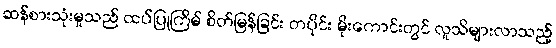
ဆန်စားသုံးမှုသည် ထပ်ပြုကြိမ် စိတ်မြန်ခြင်း တပိုင်း မိုးကောင်းတွင် လူသိများလာသည့်